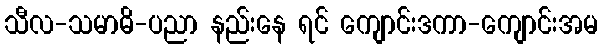
သီလ-သမာဓိ-ပညာ နည်းနေ ရင် ကျောင်းဒကာ-ကျောင်းအမ